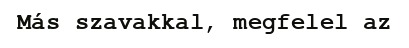
Más szavakkal, megfelel az